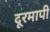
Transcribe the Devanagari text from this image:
दूरमापी